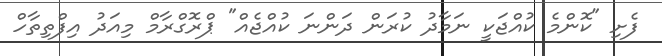
ފެށި "ކޮންމެ ކުއްޖަކީ ނަމާދު ކުރަން ދަންނަ ކުއްޖެއް" ޕްރޮގްރާމް މިއަދު އިފްތިތާހް